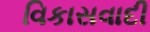
વિકાસવાદી